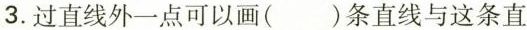
3.过直线外一点可以画（）条直线与这条直